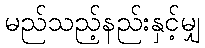
မည်သည့်နည်းနှင့်မျှ